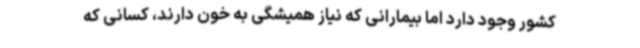
کشور وجود دارد اما بیمارانی که نیاز همیشگی به خون دارند، کسانی که